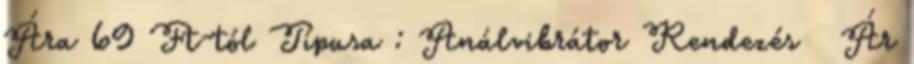
Ára 69 Ft-tól Típusa : Análvibrátor Rendezés Ár